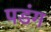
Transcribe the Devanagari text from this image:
पडंग